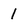
Character: 1